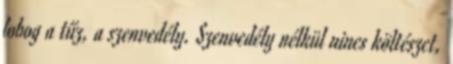
lobog a tűz, a szenvedély. Szenvedély nélkül nincs költészet,